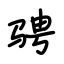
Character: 骋